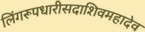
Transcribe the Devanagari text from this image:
लिंगरूपधारीसदाशिवमहादेव